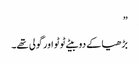
”
بڑھیا کے دو بیٹے ٹوٹو اور گولی تھے۔